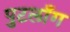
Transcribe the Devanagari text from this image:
पुटलाँग